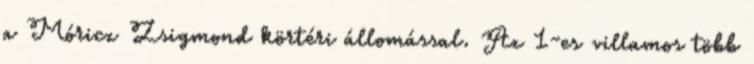
a Móricz Zsigmond körtéri állomással. Az 1-es villamos több